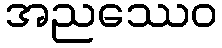
အညဿေဝ